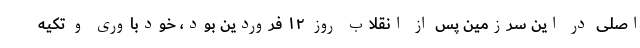
اصلی در این سرزمین پس از انقلاب روز ۱۲ فروردین بود، خودباوری و تکیه